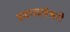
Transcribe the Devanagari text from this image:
वज्रधात्वेश्वरी